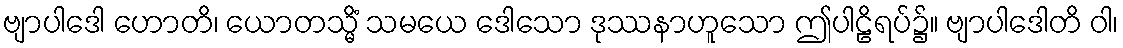
ဗျာပါဒေါ ဟောတိ၊ ယောတသ္မိံ သမယေ ဒေါသော ဒုဿနာဟူသော ဤပါဠိရပ်၌။ ဗျာပါဒေါတိ ဝါ၊